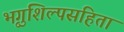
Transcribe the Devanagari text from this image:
भृगुशिल्पसंहिता